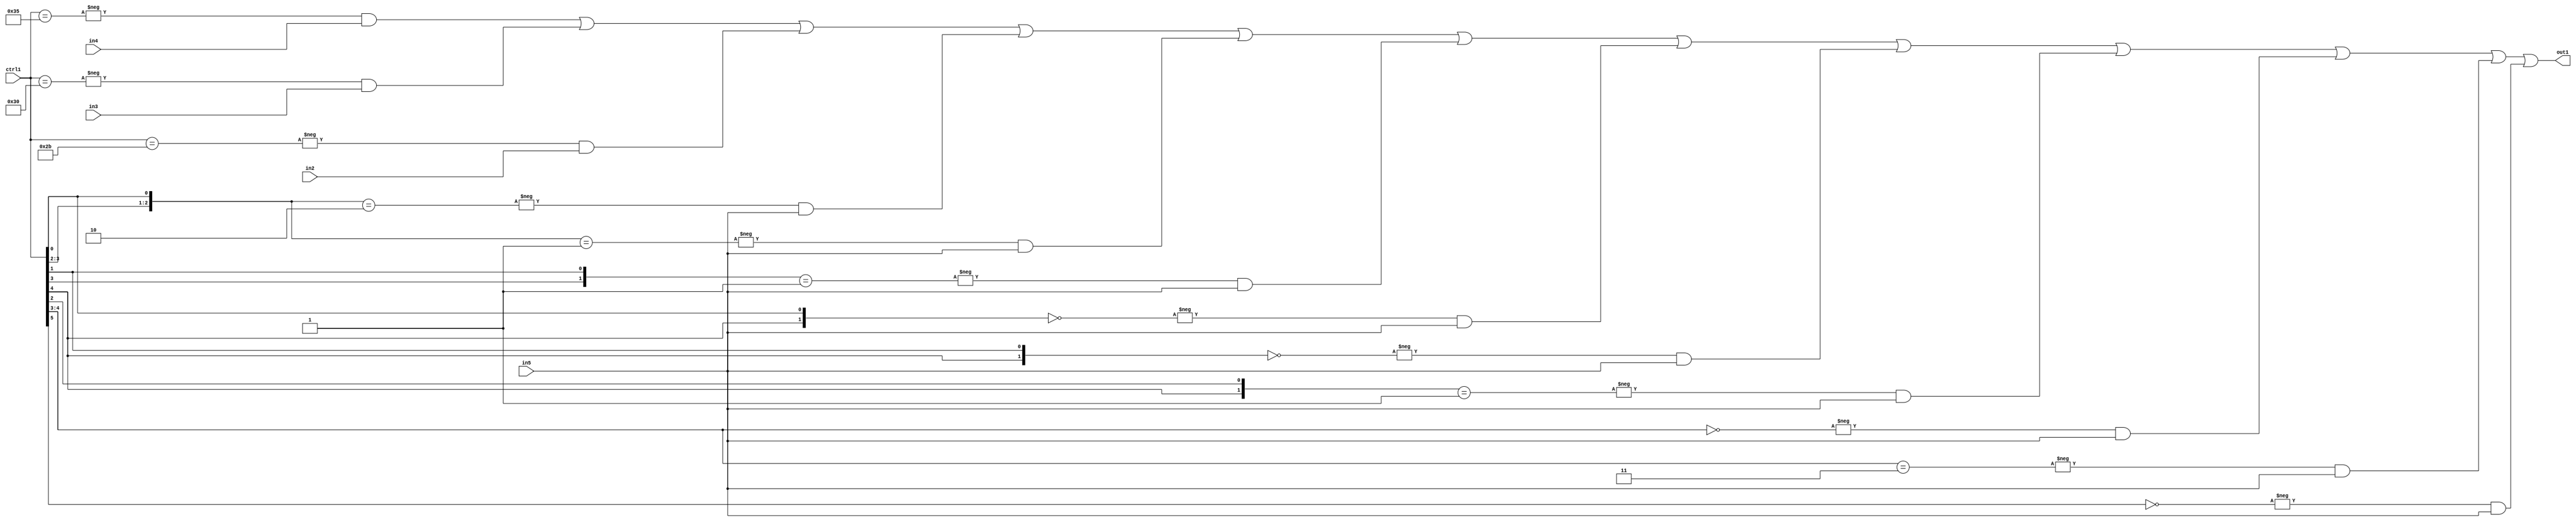
`timescale 1ps / 1ps
/*****************************************************************************
    Verilog RTL Description
    
    
    Created by: Stratus DpOpt 21.05.01 
*******************************************************************************/

module SobelFilter_N_Mux_32_4_65_1 (
	in5,
	in4,
	in3,
	in2,
	ctrl1,
	out1
	); /* architecture "behavioural" */ 
input [31:0] in5;
input [8:0] in4,
	in3,
	in2;
input [5:0] ctrl1;
output [31:0] out1;
wire [31:0] asc001;

assign asc001 = 
	-{ctrl1 == 6'B110101} & in4 |
	-{ctrl1 == 6'B110000} & in3 |
	-{ctrl1 == 6'B101011} & in2 |
	-{{ctrl1[3:2], ctrl1[0]} == 3'B010} & in5 |
	-{{ctrl1[3:2], ctrl1[0]} == 3'B001} & in5 |
	-{{ctrl1[3], ctrl1[1]} == 2'B01} & in5 |
	-{{ctrl1[4], ctrl1[0]} == 2'B00} & in5 |
	-{{ctrl1[4], ctrl1[1]} == 2'B00} & in5 |
	-{{ctrl1[4], ctrl1[2]} == 2'B01} & in5 |
	-{ctrl1[4:3] == 2'B00} & in5 |
	-{ctrl1[4:3] == 2'B11} & in5 |
	-{ctrl1[5] == 1'B0} & in5 ;

assign out1 = asc001;
endmodule

/* CADENCE  vbj3Sg8= : u9/ySxbfrwZIxEzHVQQV8Q== ** DO NOT EDIT THIS LINE ******/